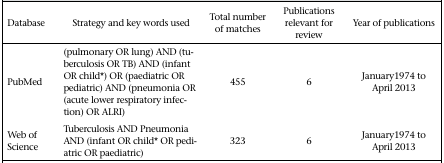
<table><thead><tr><td><b>Database</b></td><td><b>Strategy and key words used</b></td><td><b>Total number of matches</b></td><td><b>Publications relevant for review</b></td><td><b>Year of publications</b></td></tr></thead><tbody><tr><td>PubMed</td><td>(pulmonary OR lung) AND (tuberculosis OR TB) AND (infant OR child *) OR (paediatric OR pediatric) AND (pneumonia OR (acute lower respiratory infection) OR ALRI)</td><td>455</td><td>6</td><td>January1974 to April 2013</td></tr><tr><td>Web of Science</td><td>Tuberculosis AND Pneumonia AND (infant OR child* OR pediatric OR paediatric)</td><td>323</td><td>6</td><td>January1974 to April 2013</td></tr></tbody></table>